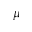
\mu